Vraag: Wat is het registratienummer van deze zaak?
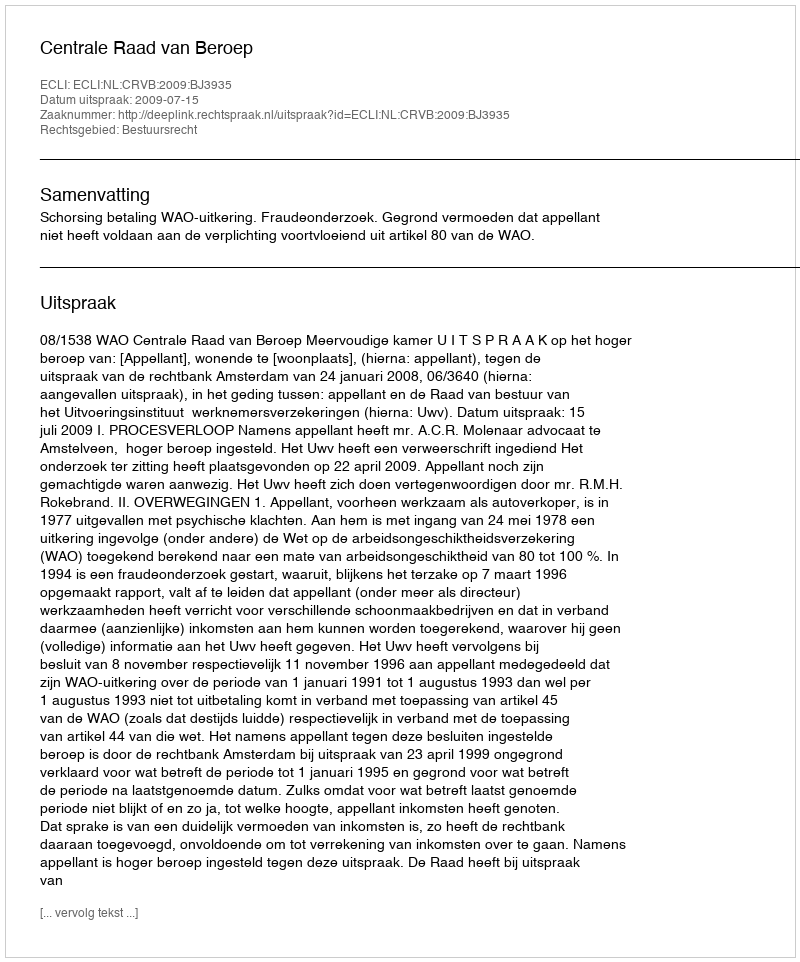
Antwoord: http://deeplink.rechtspraak.nl/uitspraak?id=ECLI:NL:CRVB:2009:BJ3935